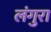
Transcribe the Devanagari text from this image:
लंगुरा